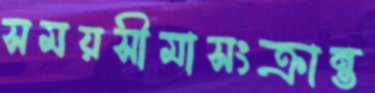
সময়সীমাসংক্রান্ত